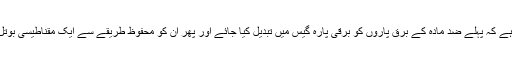
ایک طریقہ تو یہ ہے کہ پہلے ضد مادّہ کے برق پاروں کو برقی پارہ گیس میں تبدیل کیا جائے اور پھر ان کو محفوظ طریقے سے ایک مقناطیسی بوتل میں رکھا جائے۔